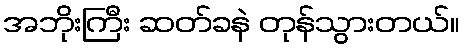
အဘိုးကြီး ဆတ်ခနဲ တုန်သွားတယ်။